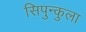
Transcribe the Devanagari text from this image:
सिपुन्कुला